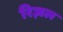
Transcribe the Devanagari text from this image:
रिज़ल